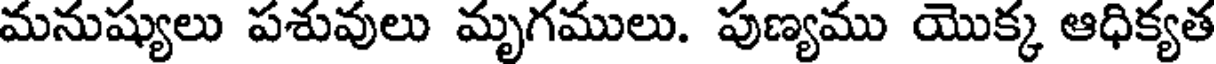
మనుష్యులు పశువులు మృగములు. పుణ్యము యొక్క ఆధిక్యత